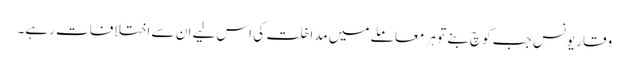
وقار یونس جب کوچ بنے تو ہر معاملے میں مداخلت کی اس لیے ان سے اختلافات رہے۔